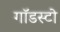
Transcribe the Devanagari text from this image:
गॉडस्टो